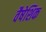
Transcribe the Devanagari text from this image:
वैषेशिक